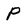
Character: P